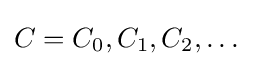
C=C_{0},C_{1},C_{2},\dots \